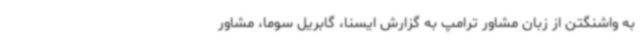
به واشنگتن از زبان مشاور ترامپ به گزارش ایسنا، گابریل سوما، مشاور